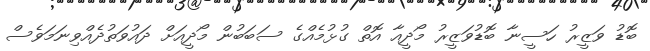
ބޮޑު ވަޒީރު ހަސީނާ ބޮޑުވަޒީރު މޯދީއާ އޮތް ގުޅުމެއްގެ ސަބަބުން މޯދީއަށް ދައުވަތުދެއްވިނަމަވެސް